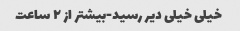
خیلی خیلی دیر رسید-بیشتر از ۲ ساعت